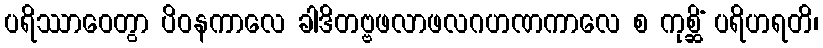
ပရိဿာဝေတွာ ပိဝနကာလေ ခါဒိတဗ္ဗဖလာဖလဂဟဏကာလေ စ ကုစ္ဆိံ ပရိဟရတိ၊